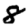
Digit: 8